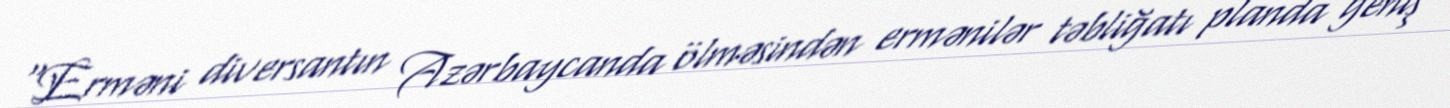
“Erməni diversantın Azərbaycanda ölməsindən ermənilər təbliğatı planda geniş